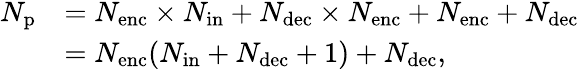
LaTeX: \begin{array}{rl}{N_{\mathrm{p}}}&{=N_{\mathrm{enc}}\times N_{\mathrm{in}}+N_{\mathrm{dec}}\times N_{\mathrm{enc}}+N_{\mathrm{enc}}+N_{\mathrm{dec}}}\\ &{=N_{\mathrm{enc}}(N_{\mathrm{in}}+N_{\mathrm{dec}}+1)+N_{\mathrm{dec}},}\end{array}